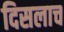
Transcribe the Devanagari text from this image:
दिसलाच